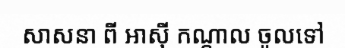
សាសនា ពី អាស៊ី កណ្តាល ចូលទៅ